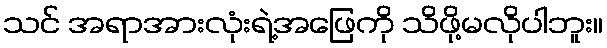
သင် အရာအားလုံးရဲ့အဖြေကို သိဖို့မလိုပါဘူး။